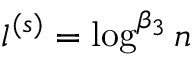
l ^ { ( s ) } = \log ^ { \beta _ { 3 } } n